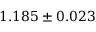
1 . 1 8 5 \pm 0 . 0 2 3